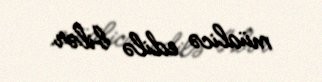
müalicə edilə bilər.